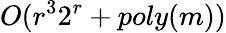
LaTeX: O(r^{3}2^{r}+poly(m))